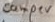
Text: Camper